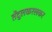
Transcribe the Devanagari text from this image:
तेंदुलकरलकर